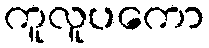
ကူလူပကော